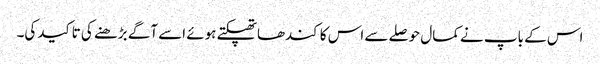
اس کے باپ نے کمال حوصلے سے اس کا کندھاتھپکتے ہوئے اسے آگے بڑھنے کی تاکید کی۔